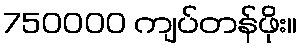
750000 ကျပ်တန်ဖိုး။